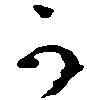
か